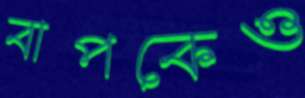
বাপকেও